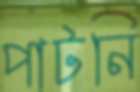
পাটনি